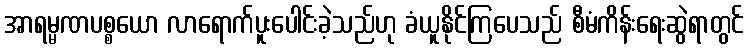
အာရမ္မဏပစ္စယော လာရောက်ပူးပေါင်းခဲ့သည်ဟု ခံယူနိုင်ကြပေသည် စီမံကိန်းရေးဆွဲရာတွင်